Vaccination United Provinces of Agra and Oudh 1914-1922 - 1914-1922
Year: 1914
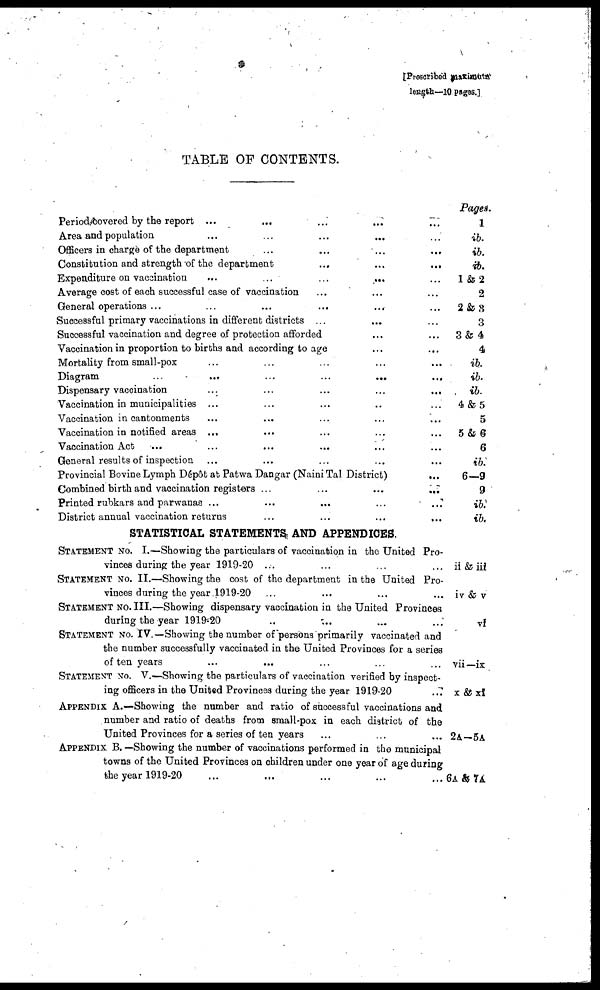
[Prescribed maximum
length—10 pages.]
TABLE OF CONTENTS.
Period covered by the report ... ... ... ... ...
Area and population
...
..
...
... ...
Officers in charge of the department ... ... ... ...
Constitution and strength of the department
...
...
...
Expenditure on vaccination
...
...
...
... ...
Average cost of each successful case of vaccination ... ... ...
General operations ... ... ... ... ... ...
Successful primary vaccinations in different districts ... ... ...
Successful vaccination and degree of protection afforded ... ...
Vaccination in proportion to births and according to age ... ...
Mortality from small-pox ... ... ... ... ...
Diagram
...
...
...
... ...
Dispensary vaccination
...
...
...
...
...
Vaccination in municipalities ... ... ... ... ...
Vaccination in cantonments ... ... ... ... ...
Vaccination in notified areas ... ... ... ... ...
Vaccination Act ... ... ... ... ...
General results of inspection ... ... ... ... ...
Provincial Bovine Lymph Dépôt at Patwa Dangar (Naini Tal District)
...
Combined birth and vaccination registers ...
...
...
...
Printed rubkars and parwanas ... ... ... ... ...
District annual vaccination returns ... ... ... ...
STATISTICAL STATEMENTS AND APPENDICES.
STATEMENT No. I.—Showing the particulars of vaccination in the United Pro-
vinces during the year 1919-20 ... ... ... ...
STATEMENT No. II.—Showing the cost of the department in the United Pro-
vinces during the year 1919-20 ... ... ... ...
STATEMENT No. III.—Showing dispensary vaccination in the United Provinces
during the year 1919-20 ... ... ... ...
STATEMENT No. IV.—Showing the number of persons primarily vaccinated and
the number successfully vaccinated in the United Provinces for a series
of ten years ... ... ... ... ...
STATEMENT No. V.—Showing the particulars of vaccination verified by inspect-
ing officers in the United Provinces during the year 1919-20 ...
APPENDIX A.—Showing the number and ratio of successful vaccinations and
number and ratio of deaths from small-pox in each district of the
United Provinces for a series of ten years ... ... ...
APPENDIX B.—Showing the number of vaccinations performed in the municipal
towns of the United Provinces on children under one year of age during
the year 1919-20 ... ... ... ... ...
Pages.
1
ib.
ib.
ib.
1 &2
2
2 & 3
3
3 & 4
4
ib.
ib.
ib.
4 & 5
5
5 & 6
6
ib.
6—9
9
ib.
ib.
ii & iii
iv & v
vi
vii—ix
x & xi
2A—5A
6A & 7A